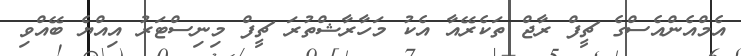
އެމްއެންއެސްގެ ޗީފް ރާޖް ތަކެރޭއާ އެކު މަހާރާޝްތުރަ ޗީފް މިނިސްޓަރު އިއްޔެ ބޭއްވި